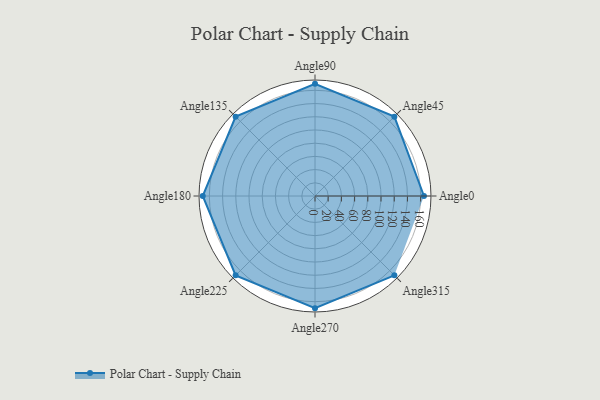
{"axis": {"x": "Angle", "y": "Radius"}, "legend": [""], "data": [{"x": "Angle0", "y": 165.0, "type": ""}, {"x": "Angle45", "y": 170, "type": ""}, {"x": "Angle90", "y": 170, "type": ""}, {"x": "Angle135", "y": 170, "type": ""}, {"x": "Angle180", "y": 170, "type": ""}, {"x": "Angle225", "y": 170, "type": ""}, {"x": "Angle270", "y": 170, "type": ""}, {"x": "Angle315", "y": 170, "type": ""}]}